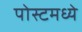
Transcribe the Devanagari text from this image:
पोस्टमध्ये